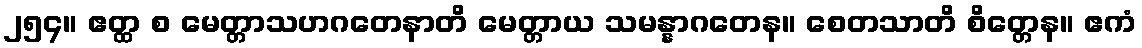
၂၅၄။ ဧတ္ထ စ မေတ္တာသဟဂတေနာတိ မေတ္တာယ သမန္နာဂတေန။ စေတသာတိ စိတ္တေန။ ဧကံ